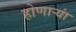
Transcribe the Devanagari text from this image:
होणाऱ्यां